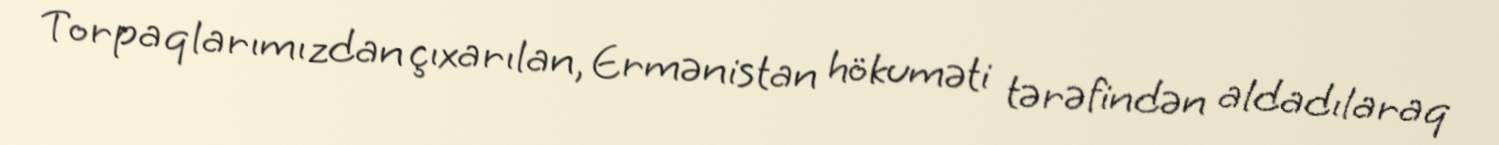
Torpaqlarımızdan çıxarılan, Ermənistan hökuməti tərəfindən aldadılaraq